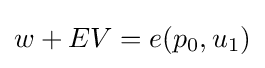
w+EV=e(p_{0},u_{1})